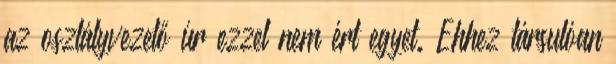
az osztályvezető úr ezzel nem ért egyet. Ehhez társulóan